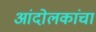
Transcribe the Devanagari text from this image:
आंदोलकांचा